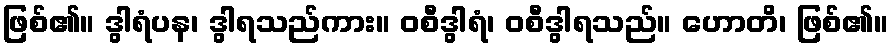
ဖြစ်၏။ ဒွါရံပန၊ ဒွါရသည်ကား။ ဝစီဒွါရံ၊ ဝစီဒွါရသည်။ ဟောတိ၊ ဖြစ်၏။